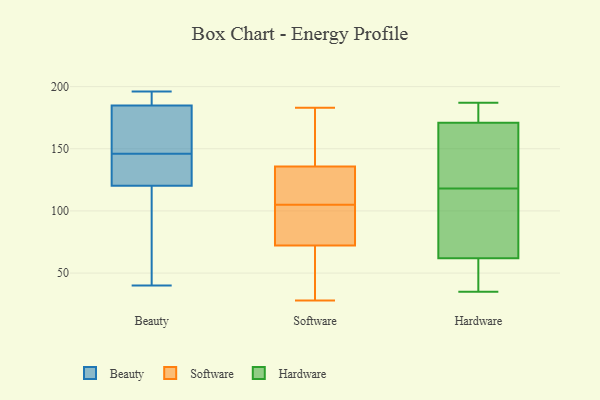
{"axis": {"x": "Website Visitors", "y": "Value"}, "legend": ["Beauty", "Hardware", "Software"], "data": [{"x": "", "y": 191, "type": "Beauty"}, {"x": "", "y": 118, "type": "Beauty"}, {"x": "", "y": 144, "type": "Beauty"}, {"x": "", "y": 127, "type": "Beauty"}, {"x": "", "y": 193, "type": "Beauty"}, {"x": "", "y": 159, "type": "Beauty"}, {"x": "", "y": 146, "type": "Beauty"}, {"x": "", "y": 113, "type": "Beauty"}, {"x": "", "y": 196, "type": "Beauty"}, {"x": "", "y": 40, "type": "Beauty"}, {"x": "", "y": 166, "type": "Beauty"}, {"x": "", "y": 131, "type": "Software"}, {"x": "", "y": 28, "type": "Software"}, {"x": "", "y": 132, "type": "Software"}, {"x": "", "y": 105, "type": "Software"}, {"x": "", "y": 67, "type": "Software"}, {"x": "", "y": 68, "type": "Software"}, {"x": "", "y": 93, "type": "Software"}, {"x": "", "y": 183, "type": "Software"}, {"x": "", "y": 85, "type": "Software"}, {"x": "", "y": 149, "type": "Software"}, {"x": "", "y": 137, "type": "Software"}, {"x": "", "y": 84, "type": "Hardware"}, {"x": "", "y": 35, "type": "Hardware"}, {"x": "", "y": 172, "type": "Hardware"}, {"x": "", "y": 158, "type": "Hardware"}, {"x": "", "y": 62, "type": "Hardware"}, {"x": "", "y": 187, "type": "Hardware"}, {"x": "", "y": 171, "type": "Hardware"}, {"x": "", "y": 61, "type": "Hardware"}, {"x": "", "y": 84, "type": "Hardware"}, {"x": "", "y": 152, "type": "Hardware"}]}